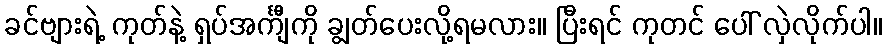
ခင်ဗျားရဲ့ ကုတ်နဲ့ ရှပ်အင်္ကျီကို ချွတ်ပေးလို့ရမလား။ ပြီးရင် ကုတင် ပေါ် လှဲလိုက်ပါ။